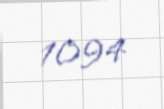
1094